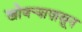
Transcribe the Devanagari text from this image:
खोबर्‍यापासून